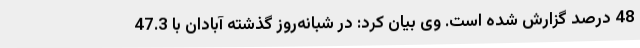
48 درصد گزارش شده است. وی بیان کرد: در شبانه‌روز گذشته آبادان با 47.3